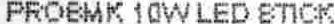
PROBMK 10W LED STICK